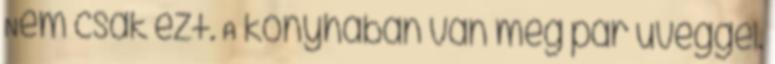
Nem csak ezt. A konyhában van még pár üveggel.